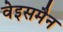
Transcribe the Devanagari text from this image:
वेइसमैन